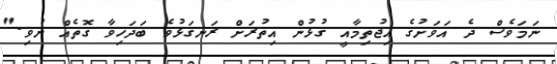
ނަމަވެސް ދެ އަވަށުގެ އިޖުތިމާއީ ގުޅުން އިތުރަށް ރަނގަޅުވެ ބަދަހިވާ ގޮތެއް ނުވި."